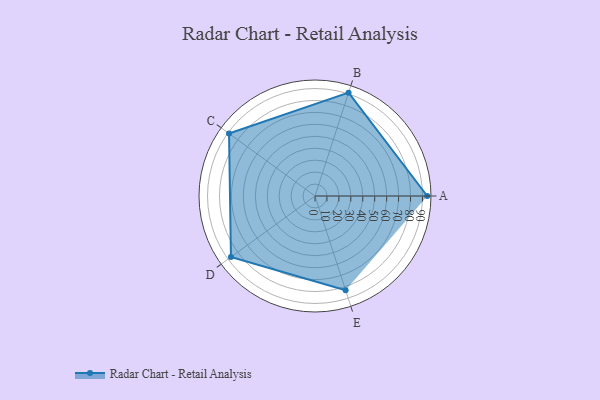
{"axis": {"x": "Skill", "y": "Score"}, "legend": ["Profile"], "data": [{"x": "A", "y": 94.0, "type": "Profile"}, {"x": "B", "y": 91.0, "type": "Profile"}, {"x": "C", "y": 89.0, "type": "Profile"}, {"x": "D", "y": 87.0, "type": "Profile"}, {"x": "E", "y": 83.0, "type": "Profile"}]}